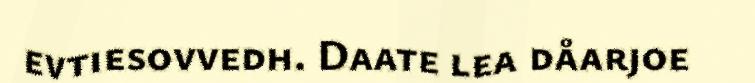
evtiesovvedh. Daate lea dåarjoe